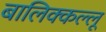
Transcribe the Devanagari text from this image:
बालिक्कल्लू